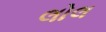
લોલ